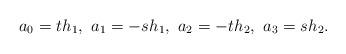
LaTeX: \begin{align*}a_0 = t\hskip.5pt h_1,\ a_1 = -s\hskip.5pt h_1,\ a_2 = -t\hskip.5pth_2,\ a_3 = s\hskip.5pt h_2. \end{align*}